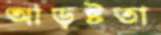
আড়ষ্টতা